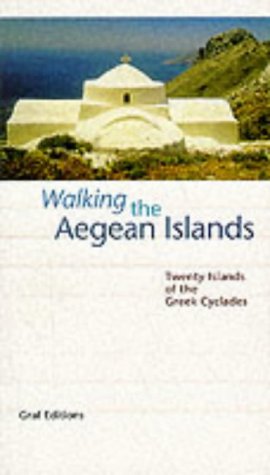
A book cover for Walking the Aegean Islands; Dieter Graf; Travel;